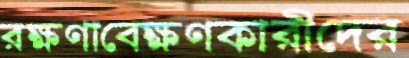
রক্ষণাবেক্ষণকারীদের